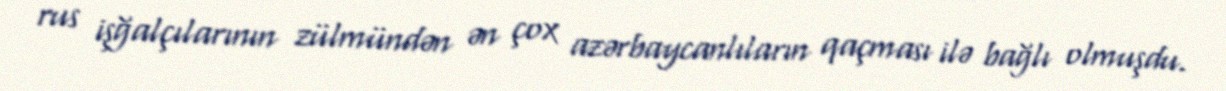
rus işğalçılarının zülmündən ən çox azərbaycanlıların qaçması ilə bağlı olmuşdu.